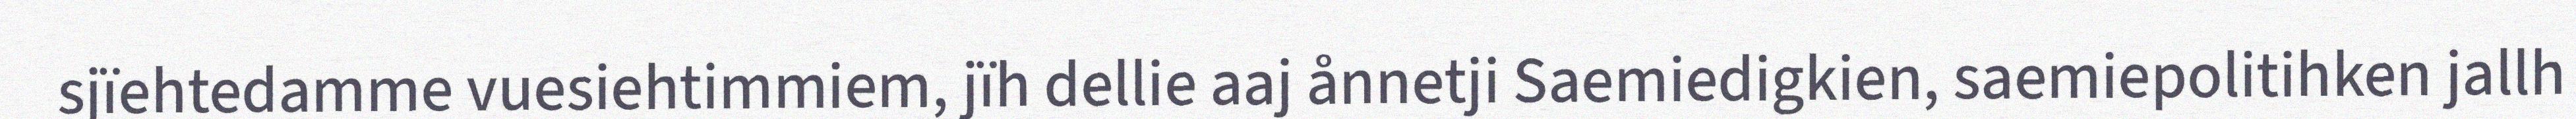
sjïehtedamme vuesiehtimmiem, jïh dellie aaj ånnetji Saemiedigkien, saemiepolitihken jallh